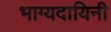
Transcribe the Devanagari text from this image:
भाग्यदायिनी